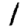
Digit: 1